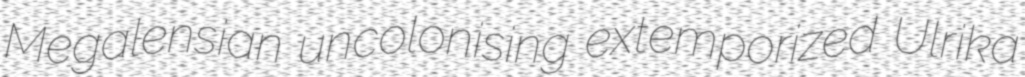
Megalensian uncolonising extemporized Ulrika